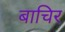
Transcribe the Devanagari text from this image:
बाचिर